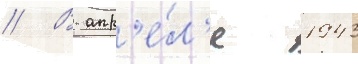
// В апр'е́л'е 1943